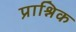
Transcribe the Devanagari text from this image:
प्राश्निक